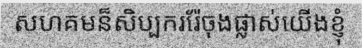
សហគមន៏សិប្បកររ៉ែចុងផ្លាស់យើងខ្ញុំ